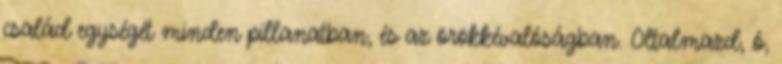
család egységét minden pillanatban, és az örökkévalóságban. Oltalmazd, ó,